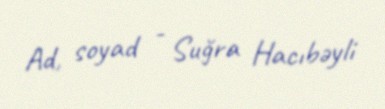
Ad, soyad - Suğra Hacıbəyli